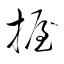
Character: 握